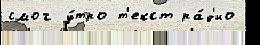
смог у́тро т'екст ра́д'ио